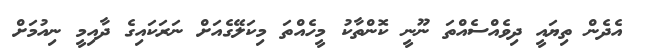
އެދެން ތިޔައީ ދިވެއްސެއްތަ ނޫނީ ކޮންތާކު މީހެއްތަ މިކަލޭގެއަށް ނަރަކައިގެ ދާއިމީ ނިއުމަށް